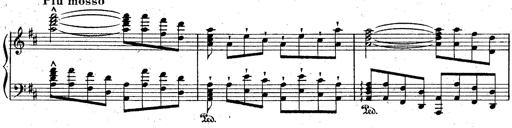
Title: La Marseillaise
Composer: Franz Liszt
Key: B-flat major